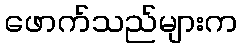
ဖောက်သည်များက